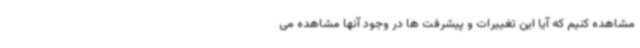
مشاهده کنیم که آیا این تغییرات و پیشرفت ها در وجود آنها مشاهده می